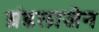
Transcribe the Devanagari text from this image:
ग्रंडलाजेन